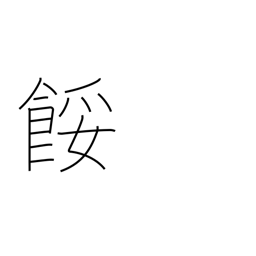
Meaning: spoil